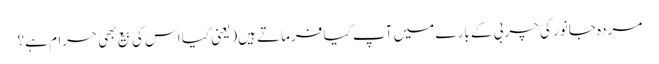
مردہ جانور کی چربی کے بارے میں آپ کیا فرماتے ہیں(یعنی کیا اس کی بیع بھی حرام ہے؟